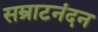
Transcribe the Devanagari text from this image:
सम्राटनंदन